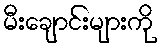
မီးချောင်းများကို